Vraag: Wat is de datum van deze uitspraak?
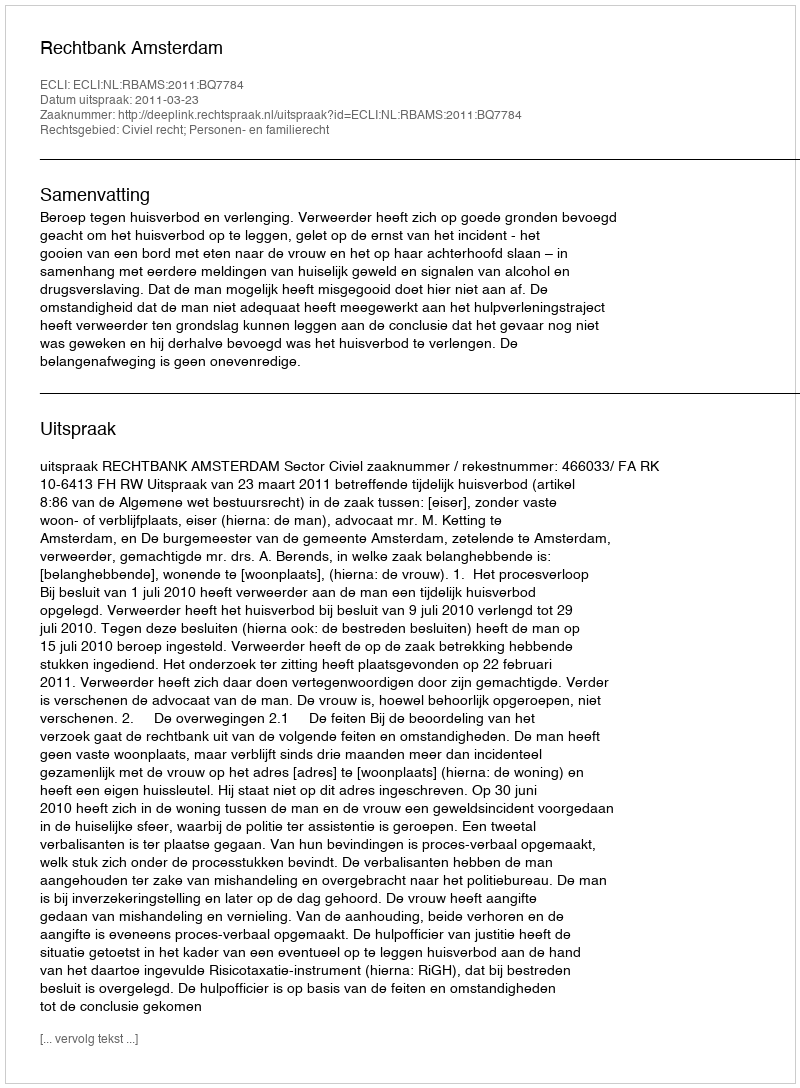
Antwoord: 2011-03-23